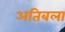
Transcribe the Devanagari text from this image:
अतिबला